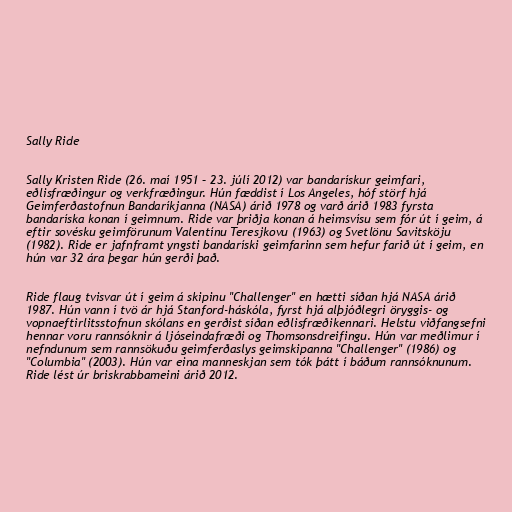
Sally Ride

Sally Kristen Ride (26. maí 1951 – 23. júlí 2012) var bandarískur geimfari,
eðlisfræðingur og verkfræðingur. Hún fæddist í Los Angeles, hóf störf hjá
Geimferðastofnun Bandaríkjanna (NASA) árið 1978 og varð árið 1983 fyrsta
bandaríska konan í geimnum. Ride var þriðja konan á heimsvísu sem fór út í geim, á
eftir sovésku geimförunum Valentínu Teresjkovu (1963) og Svetlönu Savitsköju
(1982). Ride er jafnframt yngsti bandaríski geimfarinn sem hefur farið út í geim, en
hún var 32 ára þegar hún gerði það.

Ride flaug tvisvar út í geim á skipinu "Challenger" en hætti síðan hjá NASA árið
1987. Hún vann í tvö ár hjá Stanford-háskóla, fyrst hjá alþjóðlegri öryggis- og
vopnaeftirlitsstofnun skólans en gerðist síðan eðlisfræðikennari. Helstu viðfangsefni
hennar voru rannsóknir á ljóseindafræði og Thomsonsdreifingu. Hún var meðlimur í
nefndunum sem rannsökuðu geimferðaslys geimskipanna "Challenger" (1986) og
"Columbia" (2003). Hún var eina manneskjan sem tók þátt í báðum rannsóknunum.
Ride lést úr briskrabbameini árið 2012.